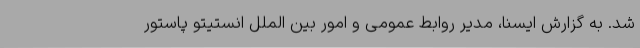
شد. به گزارش ایسنا، مدیر روابط عمومی و امور بین الملل انستیتو پاستور